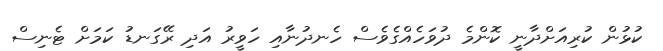
ކުޅުން ކުރިއަށްދާނީ ކޮންމެ ދުވަހެއްގެވެސް ހެނދުނާއި ހަވީރު އަދި ރޭގަނޑު ކަމަށް ޓެނިސް